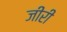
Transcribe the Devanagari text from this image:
जीरी